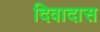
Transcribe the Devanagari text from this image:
दिवादास